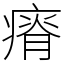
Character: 瘠